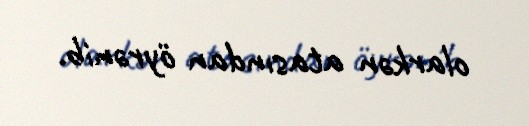
olarkən atasından öyrənib.